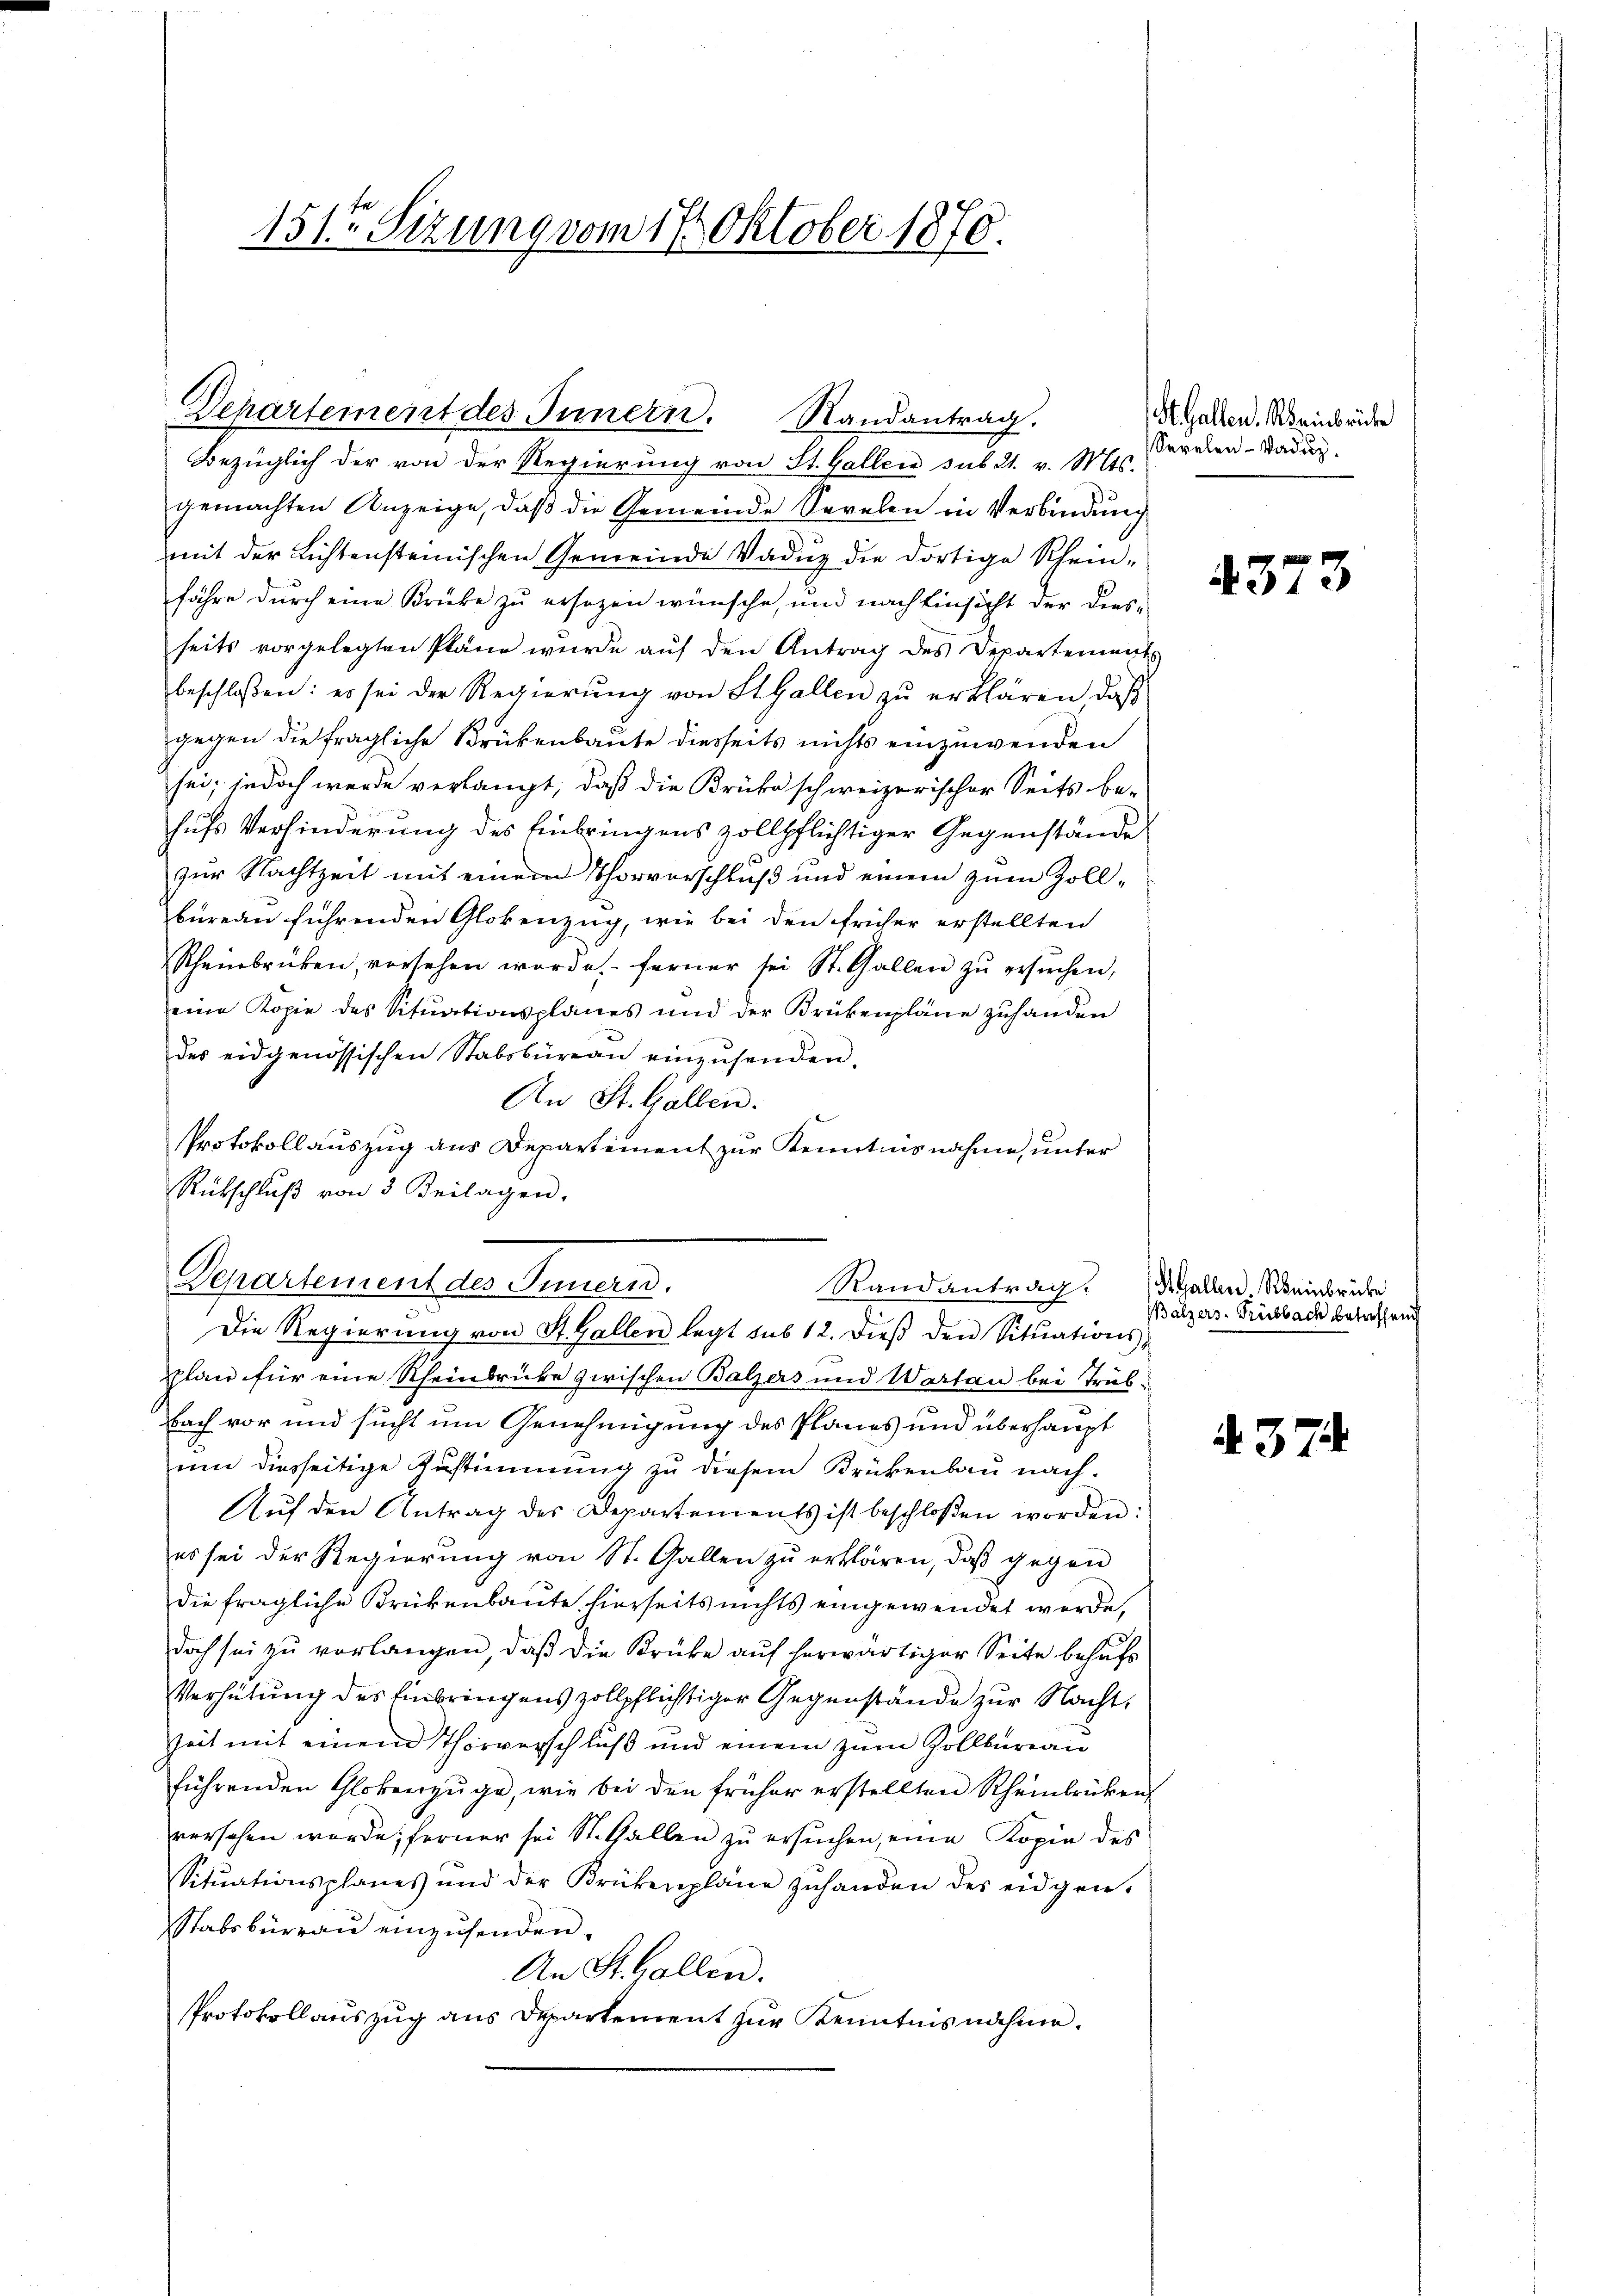
151ten Sizung vom 17. Oktober 1870.

Departement des Innern. Randantrag.

Bezüglich der von der Regierung von St. Gallen sub 21. v. Mts.
gemachten Anzeige, daβ die Gemeinde Seelen in Verbindung
mit der Lichtensteinischen Gemeinde Vaduz die dortige Schein-
fähre durch eine Brüke zu ersezen wünsche, und nach Einsicht der diesseits vorgelegten Pläne wurde auf den Antrag des Departement
beschloßen: es sei der Regierŭng von St. Gallen zŭ erklären, daβ
gegen die fragliche Brükenbaute diesseits nichts einzuwenden
sei; jedoch werde verlangt, daß die Brücke schweizerischer Seits be-
hufs Verhinderung des Einbringens zollpflichtiger Gegenstände
zur Nachtzeit mit einem Thorverschluß und einem zum Zoll-
bureau führenden Glokenzug, wie bei den früher erstellten
Scheinbrüken, versehen worde ferner sei St. Gallen zŭ ersŭchen,
eine Kopie des Situationsplanes und der Brükenpläne zuhanden
des eidgenössischen Stabsbüreau einzŭsenden.
An St. Gallen.
Protokollauszug aus Departement zur Kenntnisnahme, unter
Rübschlŭβ von 3 Beilagen.
Departement des Innern.
Randantrag.
Die Regierung von St. Gallen legt sub 12. dieß den Sitŭations-
plan für eine Rheinbrücke zwischen Balzers und Warten bei Trüs-
Nach vor und sucht um Genehmigung des Planes und überhaupt
um diesseitige Zustimmung zu diesem Krückenbau nach.
Aŭf den Antrag des Departements ist beschloßen worden.
es sei der Regierung von St. Gallen zŭ erklären, daß gegen
die fragliche Brückenbaute hierseits nichts eingewendet werde,
doch sei zu verlangen, daβ die Krücke aŭf herwärtiger Seite behufs
Verhütung des Einbringens zollpflichtiger Gegenstände zur Nacht,
seit mit einem Thorverschluß und einem zŭm Zollbüreau
führenden Glokenzüge, wie bei den früher erstellten Rheinbrücken
versehen werde; ferner sei St. Gallen zu ersuchen, eine Kopie des
Sitŭationsplanes und der Krükenplane zŭhanden des eidgen.
Stabsbureau einzusenden.
An St. Gallen.
Protokollauszug aus Departement zur Kenntnis nähme.

St. Gallen, Rheinbrücke
Sevelen-Wadŭz.

4373

Gallen Reinbrücke
Balzers - Trübbach betreffend

A. 374